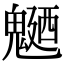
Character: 𩳹